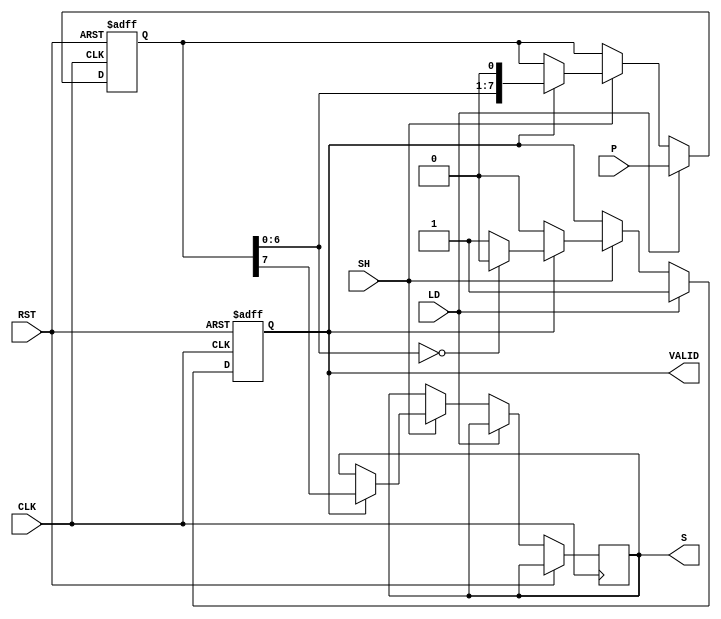
module PISO_Register #(
    parameter N = 8 // Width of the register
)(
    input wire [N-1:0] P,    // Parallel input
    input wire LD,            // Load control signal
    input wire SH,            // Shift control signal
    input wire CLK,           // Clock signal
    input wire RST,           // Asynchronous reset signal
    output reg S,             // Serial output
    output reg VALID          // Valid signal for output
);

    reg [N-1:0] shift_reg;    // Shift register to hold N bits
    integer i;

    // Asynchronous reset and for loading/shifting operations
    always @(posedge CLK or posedge RST) begin
        if (RST) begin
            shift_reg <= {N{1'b0}}; // Clear the register
            VALID <= 1'b0;          // Reset valid signal
        end else begin
            if (LD) begin
                shift_reg <= P;      // Load the parallel data
                VALID <= 1'b1;       // Set valid signal when data is loaded
            end else if (SH) begin
                if (VALID) begin
                    S <= shift_reg[N-1]; // Output the MSB
                    shift_reg <= {shift_reg[N-2:0], 1'b0}; // Shift right
                    if (shift_reg[N-2:0] == {N-1{1'b0}}) // Check if all bits shifted out
                        VALID <= 1'b0;  // Clear valid signal if done
                end
            end
        end
    end

endmodule